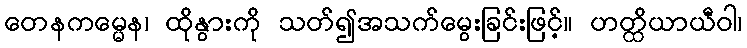
တေနကမ္မေန၊ ထိုနွားကို သတ်၍အသက်မွေးခြင်းဖြင့်။ ဟတ္ထိယာယီဝါ၊